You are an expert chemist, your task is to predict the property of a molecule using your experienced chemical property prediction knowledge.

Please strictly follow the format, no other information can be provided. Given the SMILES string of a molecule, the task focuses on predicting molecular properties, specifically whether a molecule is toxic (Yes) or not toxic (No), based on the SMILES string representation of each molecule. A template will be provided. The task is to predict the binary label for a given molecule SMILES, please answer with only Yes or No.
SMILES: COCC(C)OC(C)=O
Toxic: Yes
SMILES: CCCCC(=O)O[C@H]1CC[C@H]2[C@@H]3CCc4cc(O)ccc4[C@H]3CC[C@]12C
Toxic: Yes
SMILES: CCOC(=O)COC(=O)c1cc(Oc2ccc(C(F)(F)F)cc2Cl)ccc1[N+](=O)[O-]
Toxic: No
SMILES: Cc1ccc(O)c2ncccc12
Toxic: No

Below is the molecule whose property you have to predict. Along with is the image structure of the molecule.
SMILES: O=[N+]([O-])c1ccc(-c2nnc(O)o2)o1
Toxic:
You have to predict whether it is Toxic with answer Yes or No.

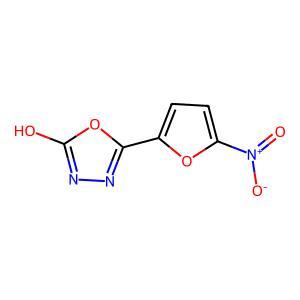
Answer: No